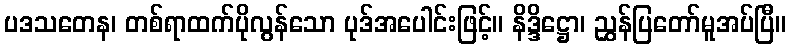
ပဒသတေန၊ တစ်ရာထက်ပိုလွန်သော ပုဒ်အပေါင်းဖြင့်။ နိဒ္ဒိဋ္ဌော၊ ညွှန်ပြတော်မူအပ်ပြီ။